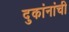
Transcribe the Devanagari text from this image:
दुकांनांची